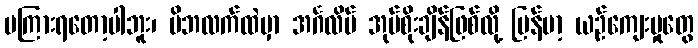
မကြားရတော့ပါဘူး၊ မိဘလက်ထဲမှာ အင်္ဂလိပ် အုပ်စိုးချိန်ဖြစ်လို့ မြန်မာ့ ယဉ်ကျေးမှုတွေ